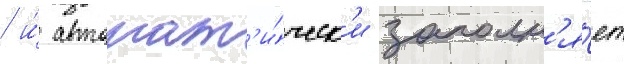
/ и́ автомат'и́ческ'и заполн'я́ет